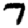
Digit: 7